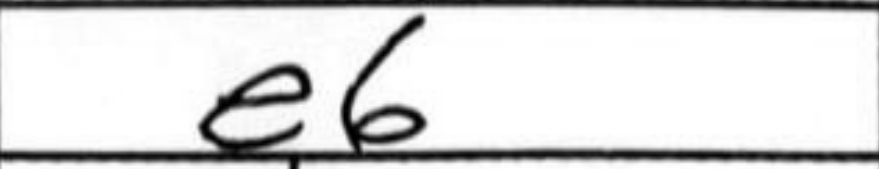
Transcription: e6